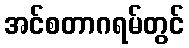
အင်စတာဂရမ်တွင်